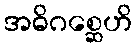
အဓိဂစ္ဆေဟိ